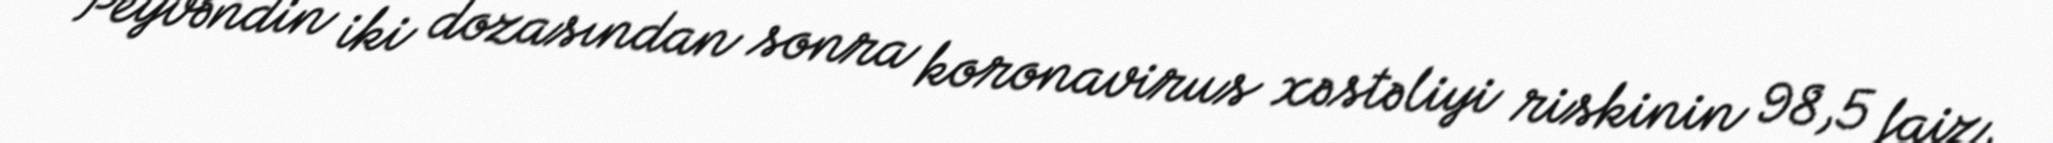
Peyvəndin iki dozasından sonra koronavirus xəstəliyi riskinin 98,5 faiz,